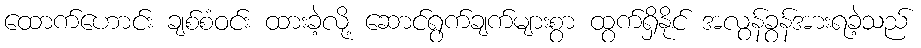
ထောက်ဟောင်း ချစ်စံဝင်း ထားခဲ့လို့ ဆောင်ရွက်ချက်များစွာ ထွက်ရှိနိုင် အလွန်ခွန်အားရခဲ့သည်